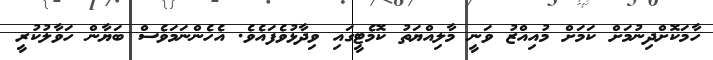
ހާމަކޮށްދިނުމަށް ކަމަށް މުއިއްޒު ވަނީ މާލިއްޔަތު ކޮމެޓީގައި ވިދާޅުވެފައެވެ. އެހެންނަމަވެސް ބަޔާން ހަވާލުކުރީ